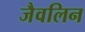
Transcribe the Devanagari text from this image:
जैवलिन